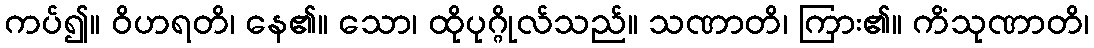
ကပ်၍။ ဝိဟရတိ၊ နေ၏။ သော၊ ထိုပုဂ္ဂိုလ်သည်။ သဏာတိ၊ ကြား၏။ ကိံသုဏာတိ၊